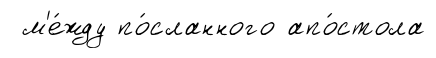
м'е́жду по́сланного апо́стола